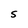
Character: S